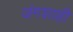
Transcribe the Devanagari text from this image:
जंगशाही